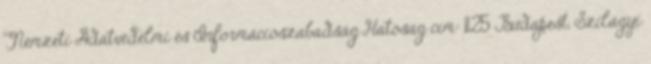
Nemzeti Adatvédelmi és Információszabadság Hatóság cím: 1125 Budapest, Szilágyi